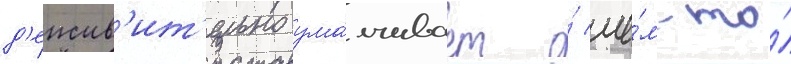
д'еиств'ит'ельно ума́лчивает о́ че́м-то́